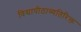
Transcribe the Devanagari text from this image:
विद्यापीठाव्यतिरिक्त